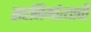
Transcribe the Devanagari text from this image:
सहनिर्मात्याची